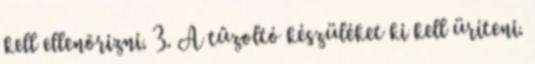
kell ellenõrizni. 3. A tûzoltó készüléket ki kell üríteni.